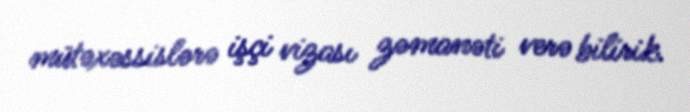
mütəxəssislərə işçi vizası zəmanəti verə bilirik.